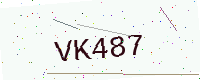
Text: VK487